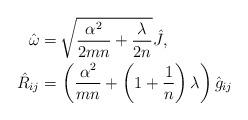
LaTeX: \begin{align*}\hat \omega =&\, \sqrt{\frac{\alpha^2}{2mn} + \frac{\lambda}{2n}} \hat{J},\\\hat{R}_{ij} =&\, \left( \frac{\alpha^2}{mn} + \left( 1 + \frac{1}{n}\right)\lambda \right) \hat{g}_{ij}\end{align*}